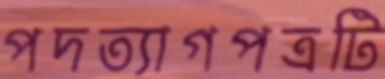
পদত্যাগপত্রটি